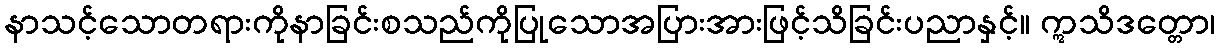
နာသင့်သောတရားကိုနာခြင်းစသည်ကိုပြုသောအပြားအားဖြင့်သိခြင်းပညာနှင့်။ ဣသိဒတ္တော၊